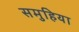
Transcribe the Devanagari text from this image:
समुहिया